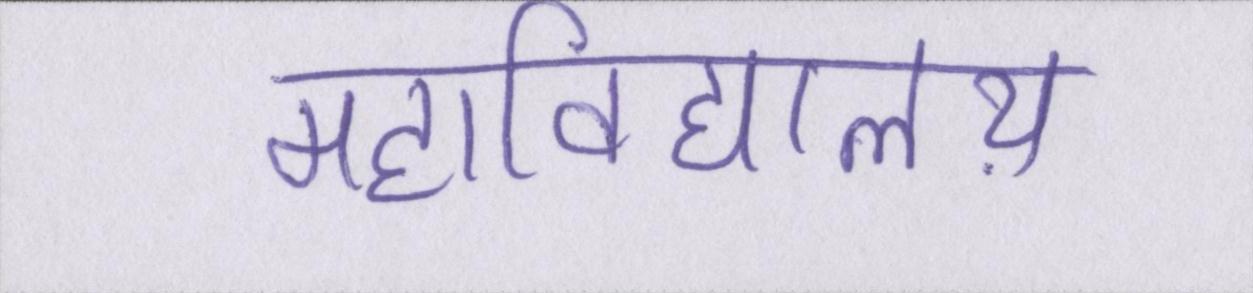
महाविद्यालय़